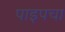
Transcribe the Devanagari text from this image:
पाइपचा